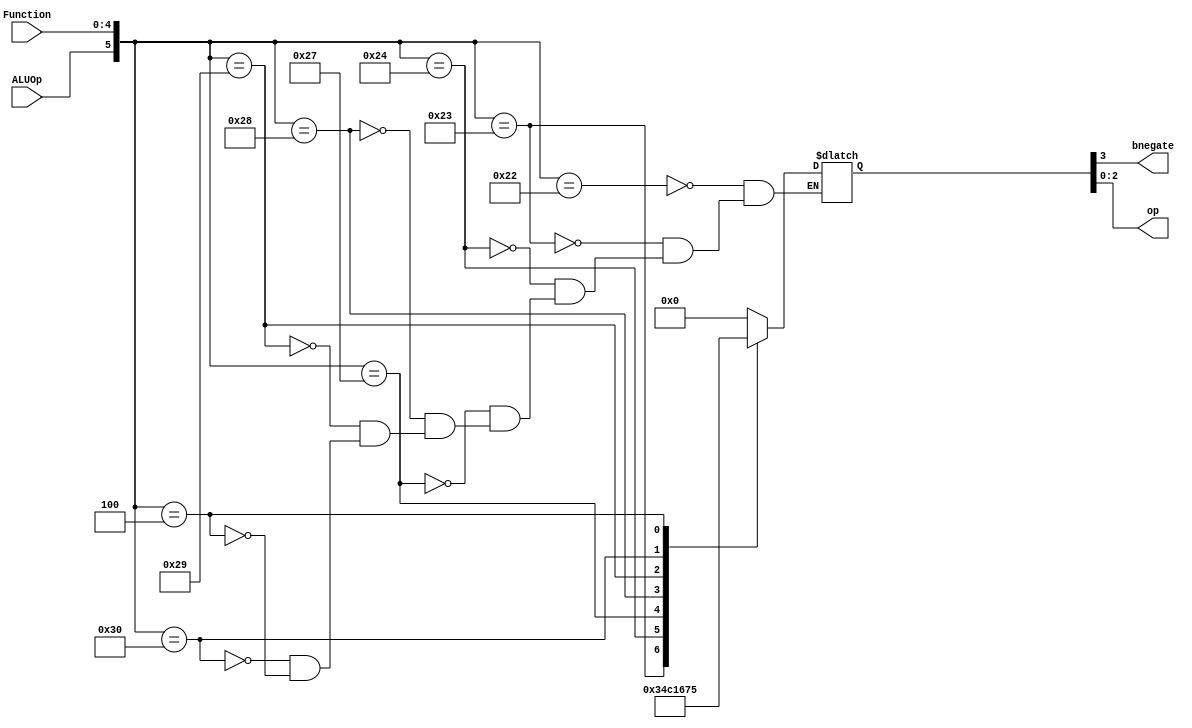
`timescale 1ns / 1ps
//////////////////////////////////////////////////////////////////////////////////
// Company: 
// Engineer: 
// 
// Design Name: 
// Module Name: aluControl
// Project Name: 
// Target Devices: 
// Tool Versions: 
// Description: 
// 
// Dependencies: 
// 
// Revision:
// Revision 0.01 - File Created
// Additional Comments:
// 
//////////////////////////////////////////////////////////////////////////////////


module aluControl(ALUOp, Function, bnegate, op);  

 
 reg[3:0] ALU_Control;
   
 input ALUOp;  
 input [4:0] Function;  
 wire [5:0] ALUControlIn;
 output reg bnegate;
 output reg [2:0] op; 
 
 assign ALUControlIn = {ALUOp,Function};
 
 always @(ALUControlIn)  
 casex (ALUControlIn)  
  6'b100010: ALU_Control=4'b0000;   // AND
  6'b100010: ALU_Control=4'b0010;   // OR
  6'b100011: ALU_Control=4'b0011;   // XOR
  6'b100100: ALU_Control=4'b0100;   // ADD 
  6'b100111: ALU_Control=4'b1100;   // SUB
  6'b101000: ALU_Control=4'b0001;   // SLL
  6'b101001: ALU_Control=4'b0110;   // SRL
  6'b110000: ALU_Control=4'b0111;   // MULT
  6'b000100: ALU_Control=4'b0101;   // ADDI
  6'b000100: ALU_Control=4'b0100;   // LW/SW
  endcase  
  
   
always @(ALU_Control)  {bnegate, op} = ALU_Control;
 endmodule